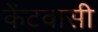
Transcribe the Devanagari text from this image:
केंटवासी